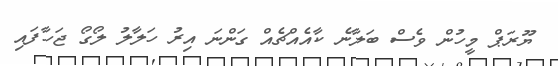
ޔޫރަޕް މީހުން ވެސް ބަލާނެ ކާއެއްޗެއް ގަންނަ އިރު ހަލާލު ލޯގޯ ޖަހާފައި